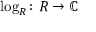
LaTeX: \log _ { R } \colon R \to \mathbb { C }